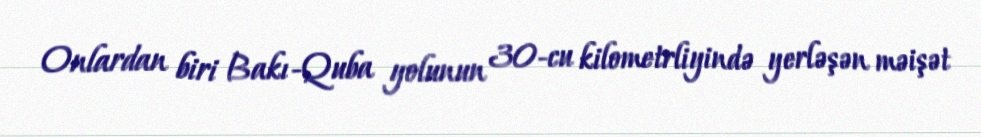
Onlardan biri Bakı-Quba yolunun 30-cu kilometrliyində yerləşən məişət